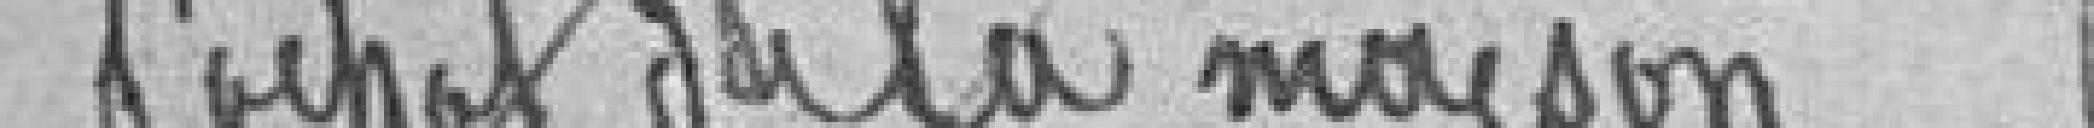
l'achat de la maison